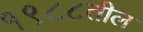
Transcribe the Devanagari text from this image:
१९८८तील